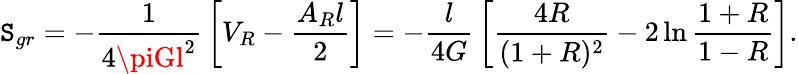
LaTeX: \mathtt{S}_{gr}=-{\frac{{1}}{{4\piGl^{2}}}}\left[V_{R}-{\frac{{A_{R}l}}{{2}}}\right]=-{\frac{{l}}{{4G}}}\left[{\frac{{4R}}{{(1+R)^{2}}}}-2\ln{{\frac{{1+R}}{{1-R}}}}\right].